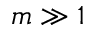
m \gg 1